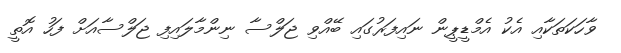
ވާހަކަތަކާއި އެކު އެމްޑީޕީން ނައިފަރުގައި ބޭއްވި ޖަލްސާ ނިންމާލައިފި ޖަލްސާއަށް ފަހު އޮތީ